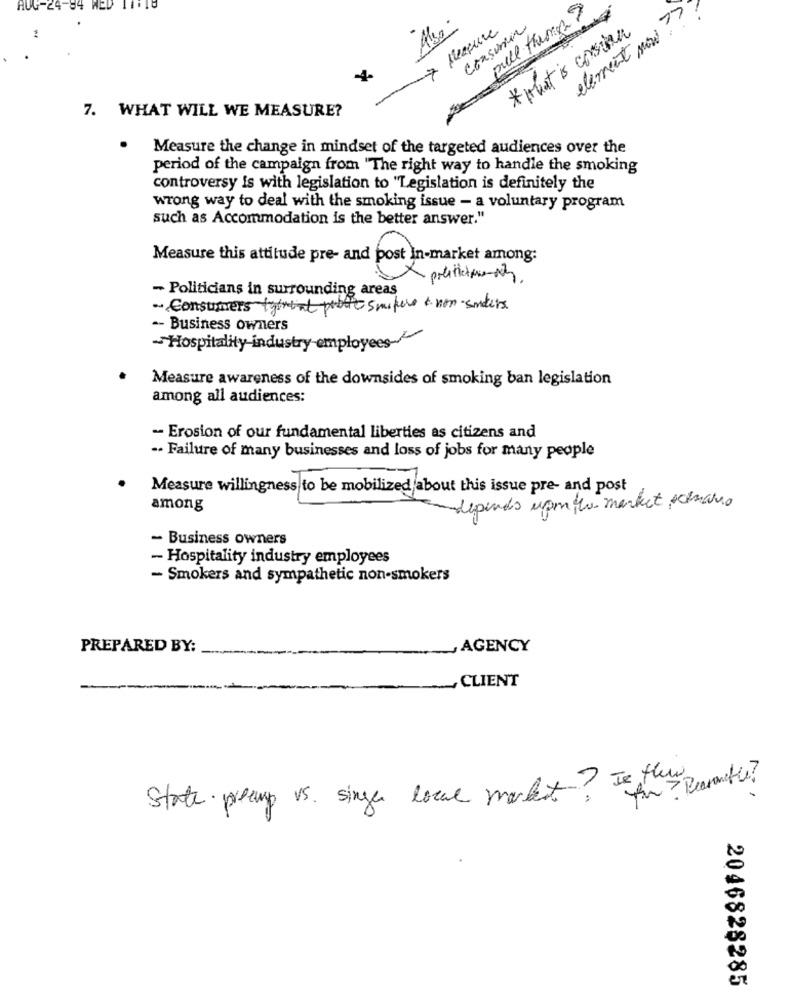
AUG-24-84 WED 11118
pull theme ?
element now !?!
Also
7 pressure
consumir
* what is corsian
:
7. WHAT WILL WE MEASURE?
Measure the change in mindset of the targeted audiences over the
period of the campaign from 'The right way to handle the smoking
controversy is with legislation to "Legislation is definitely the
wrong way to deal with the smoking issue - a voluntary program
such as Accommodation is the better answer."
Measure this attitude pre- and post In-market among:
- Politicians in surrounding areas
Consumers totreat public snipers & von sanders
-- Business owners
~Hospitality industry employees-
Measure awareness of the downsides of smoking ban legislation
among all audiences:
- Erosion of our fundamental liberties as citizens and
.. Failure of many businesses and loss of jobs for many people
Measure willingness to be mobilized about this issue pre- and post
among
depends compte market scenario
- Business owners
- Hospitality industry employees
- Smokers and sympathetic non-smokers
PREPARED BY:
AGENCY
CLIENT
State preamp vs. singer local market? Is thew
2046828285